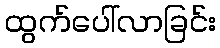
ထွက်ပေါ်လာခြင်း